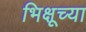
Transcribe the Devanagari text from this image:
भिक्षूच्या